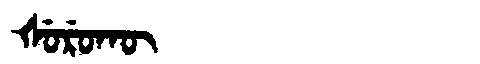
Manchu: ᡧᡠᡵᡠᡴᡡ
Romanization: ŠURUKŪ